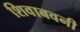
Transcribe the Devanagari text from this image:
शिवाबवनी